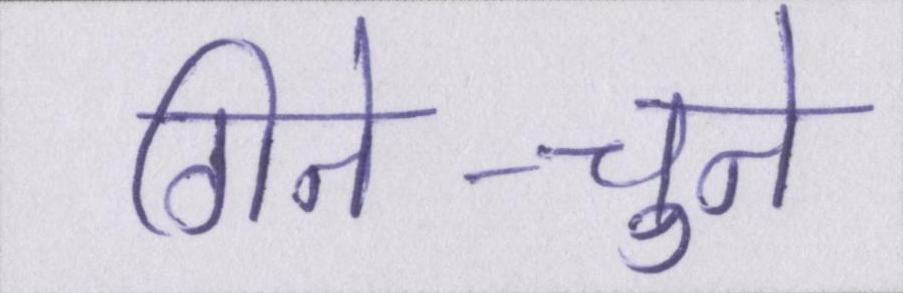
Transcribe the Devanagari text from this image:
गिने-चुने